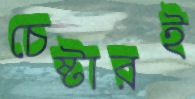
চেষ্টারই